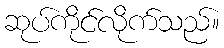
ဆုပ်ကိုင်လိုက်သည်။